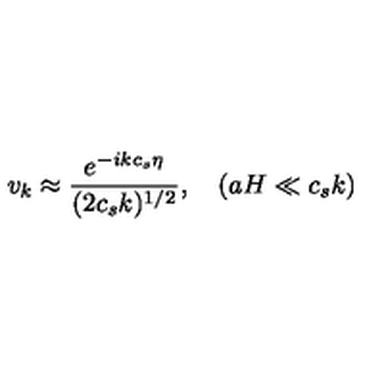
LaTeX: v _ { k } \approx { \frac { e ^ { - i k c _ { s } \eta } } { ( 2 c _ { s } k ) ^ { 1 / 2 } } } , \quad ( a H \ll c _ { s } k )